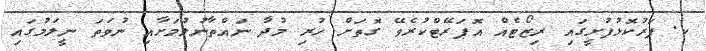
ކ. ފަރުކޮޅުފުށީގައި ރިޒޯޓެއް އޮޕަރޭޓްކުރެވޭ ގޮތަށް ހުރި މުދާ ނައްތާނުލުމަށާއި ނުވަތަ ނީލަމުގައި